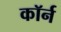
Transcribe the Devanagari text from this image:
कॉर्न